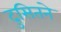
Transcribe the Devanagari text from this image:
दुसितने